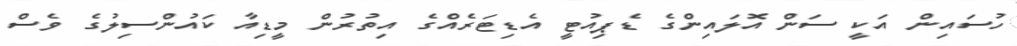
ހުސައިން އަކީ ސަން އޮލައިންގެ ޑެޕިއުޓީ އެޑިޓަރެއްގެ އިތުރުން މީޑިއާ ކައުންސިލުގެ ވެސް